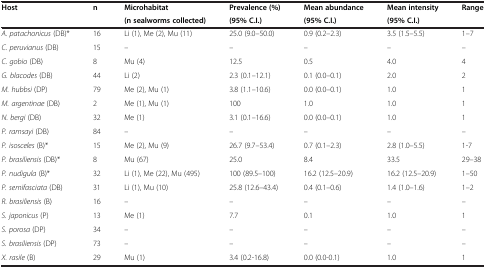
<table><thead><tr><td rowspan="2"><b>Host</b></td><td rowspan="2"><b>n</b></td><td><b>Microhabitat</b></td><td><b>Prevalence (%)</b></td><td><b>Mean abundance</b></td><td><b>Mean intensity</b></td><td><b>Range</b></td></tr><tr><td><b>(n sealworms collected)</b></td><td><b>(95% C.I.)</b></td><td><b>(95% C.I.)</b></td><td><b>(95% C.I.)</b></td><td><b> </b></td></tr></thead><tbody><tr><td><i>A. patachonicus</i> (DB)*</td><td>16</td><td>Li (1), Me (2), Mu (11)</td><td>25.0 (9.0–50.0)</td><td>0.9 (0.2–2.3)</td><td>3.5 (1.5–5.5)</td><td>1–7</td></tr><tr><td><i>C. peruvianus</i> (DB)</td><td>15</td><td>–</td><td>–</td><td>–</td><td>–</td><td>–</td></tr><tr><td><i>C. gobio</i> (DB)</td><td>8</td><td>Mu (4)</td><td>12.5</td><td>0.5</td><td>4.0</td><td>4</td></tr><tr><td><i>G. blacodes</i> (DB)</td><td>44</td><td>Li (2)</td><td>2.3 (0.1–12.1)</td><td>0.1 (0.0–0.1)</td><td>2.0</td><td>2</td></tr><tr><td><i>M. hubbsi</i> (DP)</td><td>79</td><td>Me (2), Mu (1)</td><td>3.8 (1.1–10.6)</td><td>0.0 (0.0–0.1)</td><td>1.0</td><td>1</td></tr><tr><td><i>M. argentinae</i> (DB)</td><td>2</td><td>Me (1), Mu (1)</td><td>100</td><td>1.0</td><td>1.0</td><td>1</td></tr><tr><td><i>N. bergi</i> (DB)</td><td>32</td><td>Me (1)</td><td>3.1 (0.1–16.6)</td><td>0.0 (0.0–0.1)</td><td>1.0</td><td>1</td></tr><tr><td><i>P. ramsayi</i> (DB)</td><td>84</td><td>–</td><td>–</td><td>–</td><td>–</td><td>–</td></tr><tr><td><i>P. isosceles</i> (B)*</td><td>15</td><td>Me (2), Mu (9)</td><td>26.7 (9.7–53.4)</td><td>0.7 (0.1–2.3)</td><td>2.8 (1.0–5.5)</td><td>1-7</td></tr><tr><td><i>P. brasiliensis</i> (DB)*</td><td>8</td><td>Mu (67)</td><td>25.0</td><td>8.4</td><td>33.5</td><td>29–38</td></tr><tr><td><i>P. nudigula</i> (B)*</td><td>32</td><td>Li (1), Me (22), Mu (495)</td><td>100 (89.5–100)</td><td>16.2 (12.5–20.9)</td><td>16.2 (12.5–20.9)</td><td>1–50</td></tr><tr><td><i>P. semifasciata</i> (DB)</td><td>31</td><td>Li (1), Mu (10)</td><td>25.8 (12.6–43.4)</td><td>0.4 (0.1–0.6)</td><td>1.4 (1.0–1.6)</td><td>1–2</td></tr><tr><td><i>R. brasiliensis</i> (B)</td><td>16</td><td>–</td><td>–</td><td>–</td><td>–</td><td>–</td></tr><tr><td><i>S. japonicus</i> (P)</td><td>13</td><td>Me (1)</td><td>7.7</td><td>0.1</td><td>1.0</td><td>1</td></tr><tr><td><i>S. porosa</i> (DP)</td><td>34</td><td>–</td><td>–</td><td>–</td><td>–</td><td>–</td></tr><tr><td><i>S. brasiliensis</i> (DP)</td><td>73</td><td>–</td><td>–</td><td>–</td><td>–</td><td>–</td></tr><tr><td><i>X. rasile</i> (B)</td><td>29</td><td>Mu (1)</td><td>3.4 (0.2-16.8)</td><td>0.0 (0.0-0.1)</td><td>1.0</td><td>1</td></tr></tbody></table>